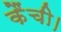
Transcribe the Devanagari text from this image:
कैंची।